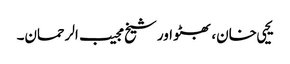
یحیی خان، بھٹو اور شیخ مجیب الرحمان۔